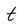
Character: t